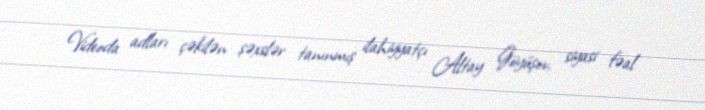
Videoda adları çəkilən şəxslər tanınmış ilahiyyatçı Altay Göyüşov, siyasi fəal